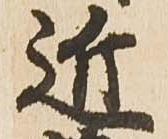
近